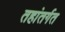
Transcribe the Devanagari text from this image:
तहांतर्गत